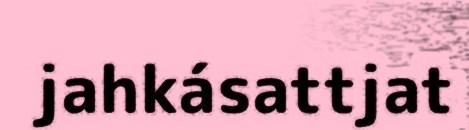
jahkásattjat